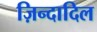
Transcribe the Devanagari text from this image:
ज़िन्दादिल